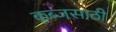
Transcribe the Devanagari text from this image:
क्लब्जसाठी